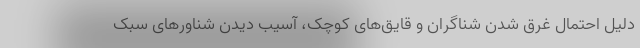
دلیل احتمال غرق شدن شناگران و قایق‌های کوچک، آسیب دیدن شناورهای سبک